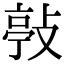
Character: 𢾊